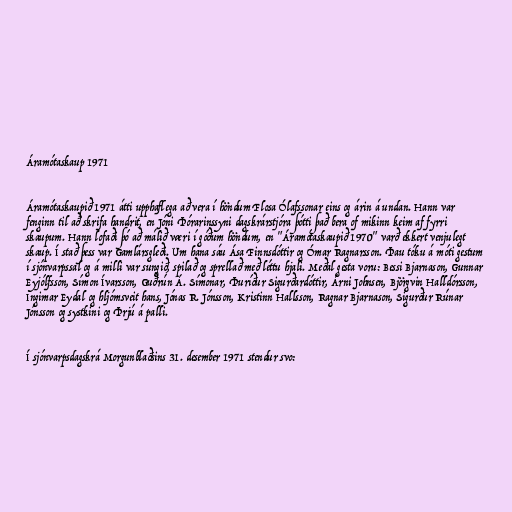
Áramótaskaup 1971

Áramótaskaupið 1971 átti upphaflega að vera í höndum Flosa Ólafssonar eins og árin á undan. Hann var
fenginn til að skrifa handrit, en Jóni Þórarinssyni dagskrárstjóra þótti það bera of mikinn keim af fyrri
skaupum. Hann lofaði þó að málið væri í góðum höndum, en "Áramótaskaupið 1970" varð ekkert venjulegt
skaup. Í stað þess var Gamlársgleði. Um hana sáu Ása Finnsdóttir og Ómar Ragnarsson. Þau tóku á móti gestum
í sjónvarpssal og á milli var sungið, spilað og sprellað með léttu hjali. Meðal gesta voru: Bessi Bjarnason, Gunnar
Eyjólfsson, Símon Ívarsson, Guðrún Á. Símonar, Þuríður Sigurðardóttir, Árni Johnsen, Björgvin Halldórsson,
Ingimar Eydal og hljómsveit hans, Jónas R. Jónsson, Kristinn Hallsson, Ragnar Bjarnason, Sigurður Rúnar
Jónsson og systkini og Þrjú á palli.

Í sjónvarpsdagskrá Morgunblaðsins 31. desember 1971 stendur svo: